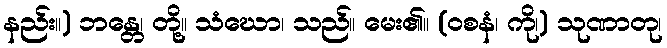
နည်း။) ဘန္တေ၊ တို့။ သံဃော၊ သည်။ မေး၏။ (ဝစနံ၊ ကို၊) သုဏာတု၊